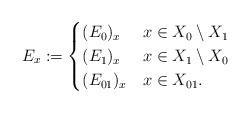
LaTeX: \begin{align*}E_x := \begin{cases}(E_0)_x & x \in X_0 \setminus X_1\\(E_1)_x & x \in X_1 \setminus X_0\\(E_{01})_x & x \in X_{01}.\end{cases}\end{align*}